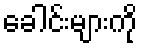
ခေါင်းများကို